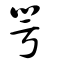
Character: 咢